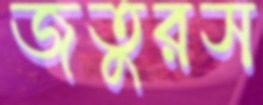
জতুরস